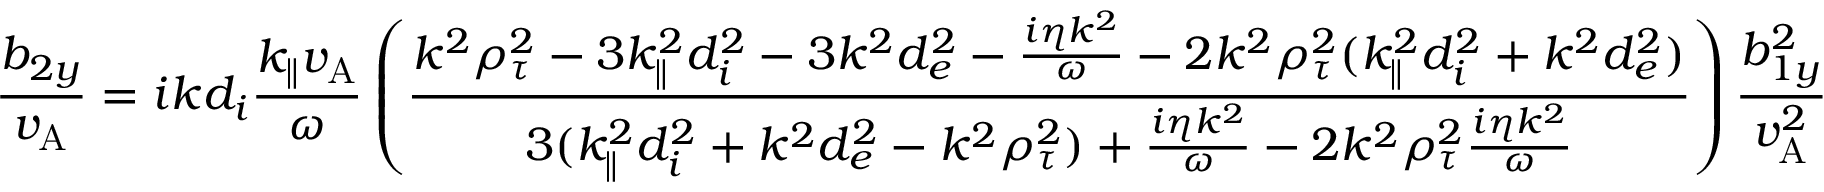
\frac { b _ { 2 y } } { v _ { \mathrm { A } } } = i k d _ { i } \frac { k _ { \parallel } v _ { \mathrm { A } } } { \omega } \left( \frac { k ^ { 2 } \rho _ { \tau } ^ { 2 } - 3 k _ { \parallel } ^ { 2 } d _ { i } ^ { 2 } - 3 k ^ { 2 } d _ { e } ^ { 2 } - \frac { i \eta k ^ { 2 } } { \omega } - 2 k ^ { 2 } \rho _ { \tau } ^ { 2 } ( k _ { \parallel } ^ { 2 } d _ { i } ^ { 2 } + k ^ { 2 } d _ { e } ^ { 2 } ) } { 3 ( k _ { \parallel } ^ { 2 } d _ { i } ^ { 2 } + k ^ { 2 } d _ { e } ^ { 2 } - k ^ { 2 } \rho _ { \tau } ^ { 2 } ) + \frac { i \eta k ^ { 2 } } { \omega } - 2 k ^ { 2 } \rho _ { \tau } ^ { 2 } \frac { i \eta k ^ { 2 } } { \omega } } \right) \frac { b _ { 1 y } ^ { 2 } } { v _ { \mathrm { A } } ^ { 2 } }